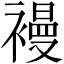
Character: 𧜞